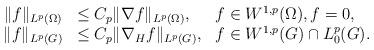
LaTeX: \begin{align*}\begin{array}{rll}\|f\|_{L^p(\Omega)} &\le C_p \|\nabla f\|_{L^p(\Omega)}, & f\in W^{1,p}(\Omega), f=0 , \\\|f\|_{L^p(G)} &\le C_p \|\nabla_Hf\|_{L^p(G)}, & f\in W^{1,p}(G)\cap L^p_0(G).\end{array}\end{align*}